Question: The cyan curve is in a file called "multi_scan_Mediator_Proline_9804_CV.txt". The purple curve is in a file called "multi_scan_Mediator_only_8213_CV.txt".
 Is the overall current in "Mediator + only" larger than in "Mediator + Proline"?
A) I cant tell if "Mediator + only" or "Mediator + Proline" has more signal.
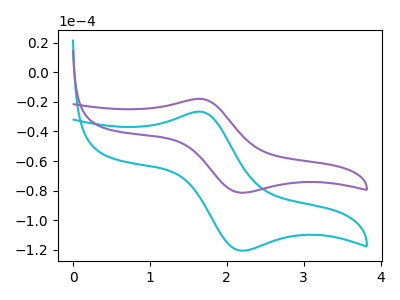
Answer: <think>The cyan curve "Mediator + Proline" has an anodic peak at (1.65V, -26.60uA) and a cathodic peak at (2.20V, -120.60uA). The purple curve "Mediator + only" has an anodic peak at (1.65V, -17.95uA) and a cathodic peak at (2.20V, -81.45uA).
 All the peaks in "Mediator + only" have a peak in "Mediator + Proline" at the same potential.</think>
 <answer>A) I cant tell if "Mediator + only" or "Mediator + Proline" has more signal.</answer>
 <eval>A</eval>